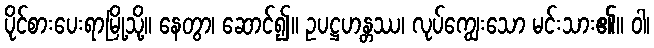
ပိုင်စားပေးရာမြို့သို့။ နေတွာ၊ ဆောင်၍။ ဥပဋ္ဌဟန္တဿ၊ လုပ်ကျွေးသော မင်းသား၏။ ဝါ၊